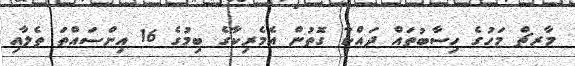
މާރޗް މަހުގެ ހިސާބުތައް ދައްކާ ގޮތުން އެމެރިކާގެ ބިމުގެ 16 އިންސައްތަ ތެލާއި